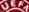
UEFA